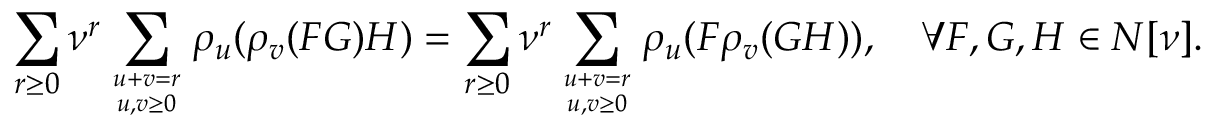
\sum _ { r \geq 0 } \nu ^ { r } \sum _ { u + v = r \atop u , v \geq 0 } \rho _ { u } ( \rho _ { v } ( F G ) H ) = \sum _ { r \geq 0 } \nu ^ { r } \sum _ { u + v = r \atop u , v \geq 0 } \rho _ { u } ( F \rho _ { v } ( G H ) ) , \quad \forall F , G , H \in N [ \nu ] .